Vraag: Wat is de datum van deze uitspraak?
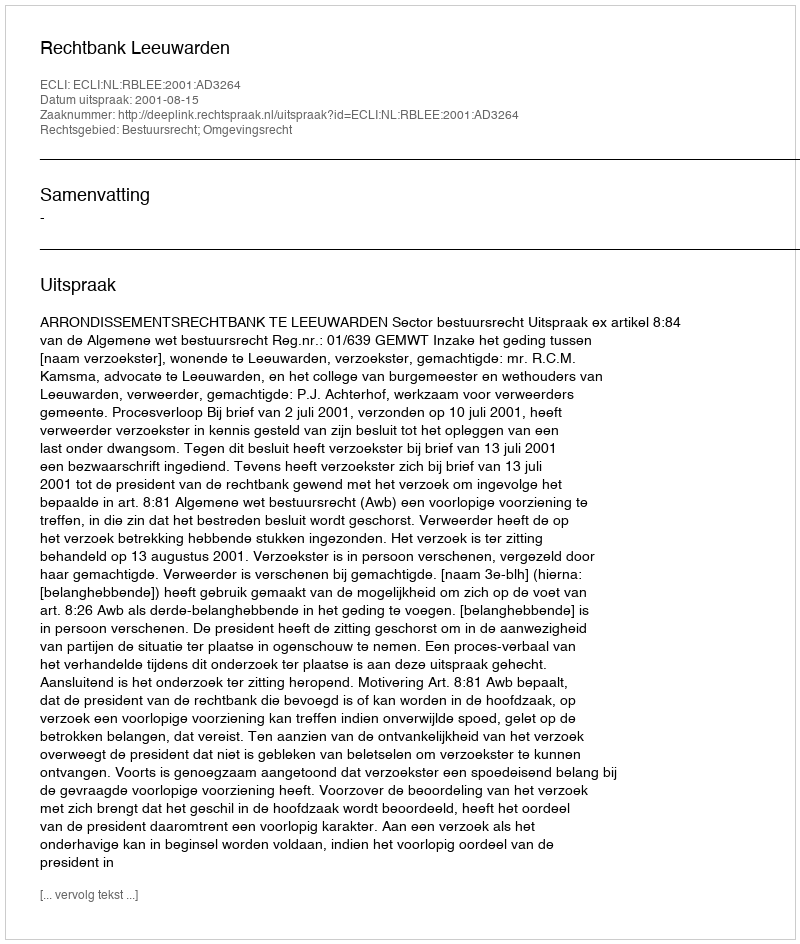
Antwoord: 2001-08-15